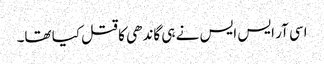
اسی آر ایس ایس نے ہی گاندھی کا قتل کیا تھا۔